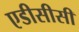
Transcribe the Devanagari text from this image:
एडीसीसी